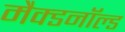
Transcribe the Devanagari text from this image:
मैक्डनॉल्ड